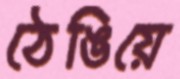
ঠেঙিয়ে